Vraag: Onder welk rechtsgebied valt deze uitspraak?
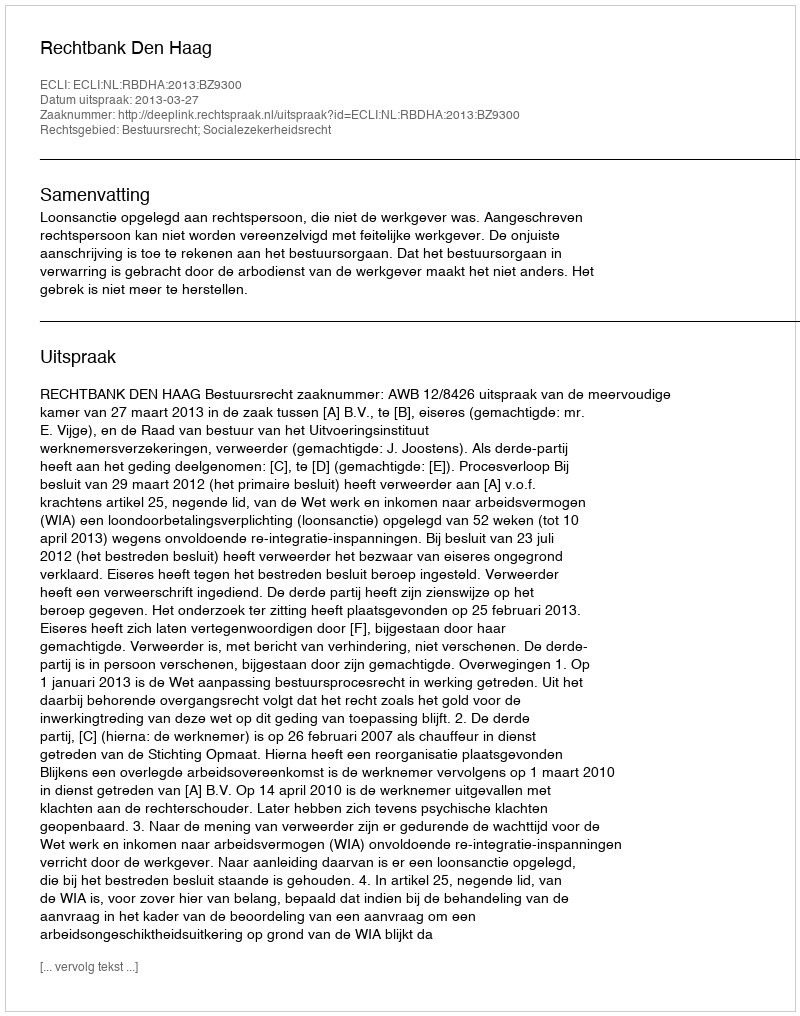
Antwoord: Bestuursrecht; Socialezekerheidsrecht